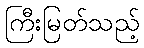
ကြီးမြတ်သည့်